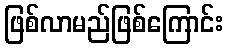
ဖြစ်လာမည်ဖြစ်ကြောင်း